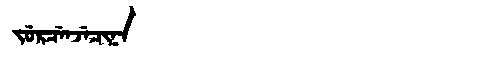
Manchu: ᠵᡠᡵᠴᡝᠨᠵᡝᠴᡳᠨᠠ
Romanization: JURCENJECINA